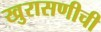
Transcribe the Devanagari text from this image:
खुरासणीची